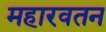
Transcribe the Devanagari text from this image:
महारवतन